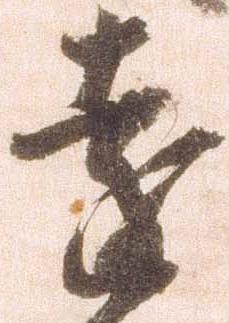
遠